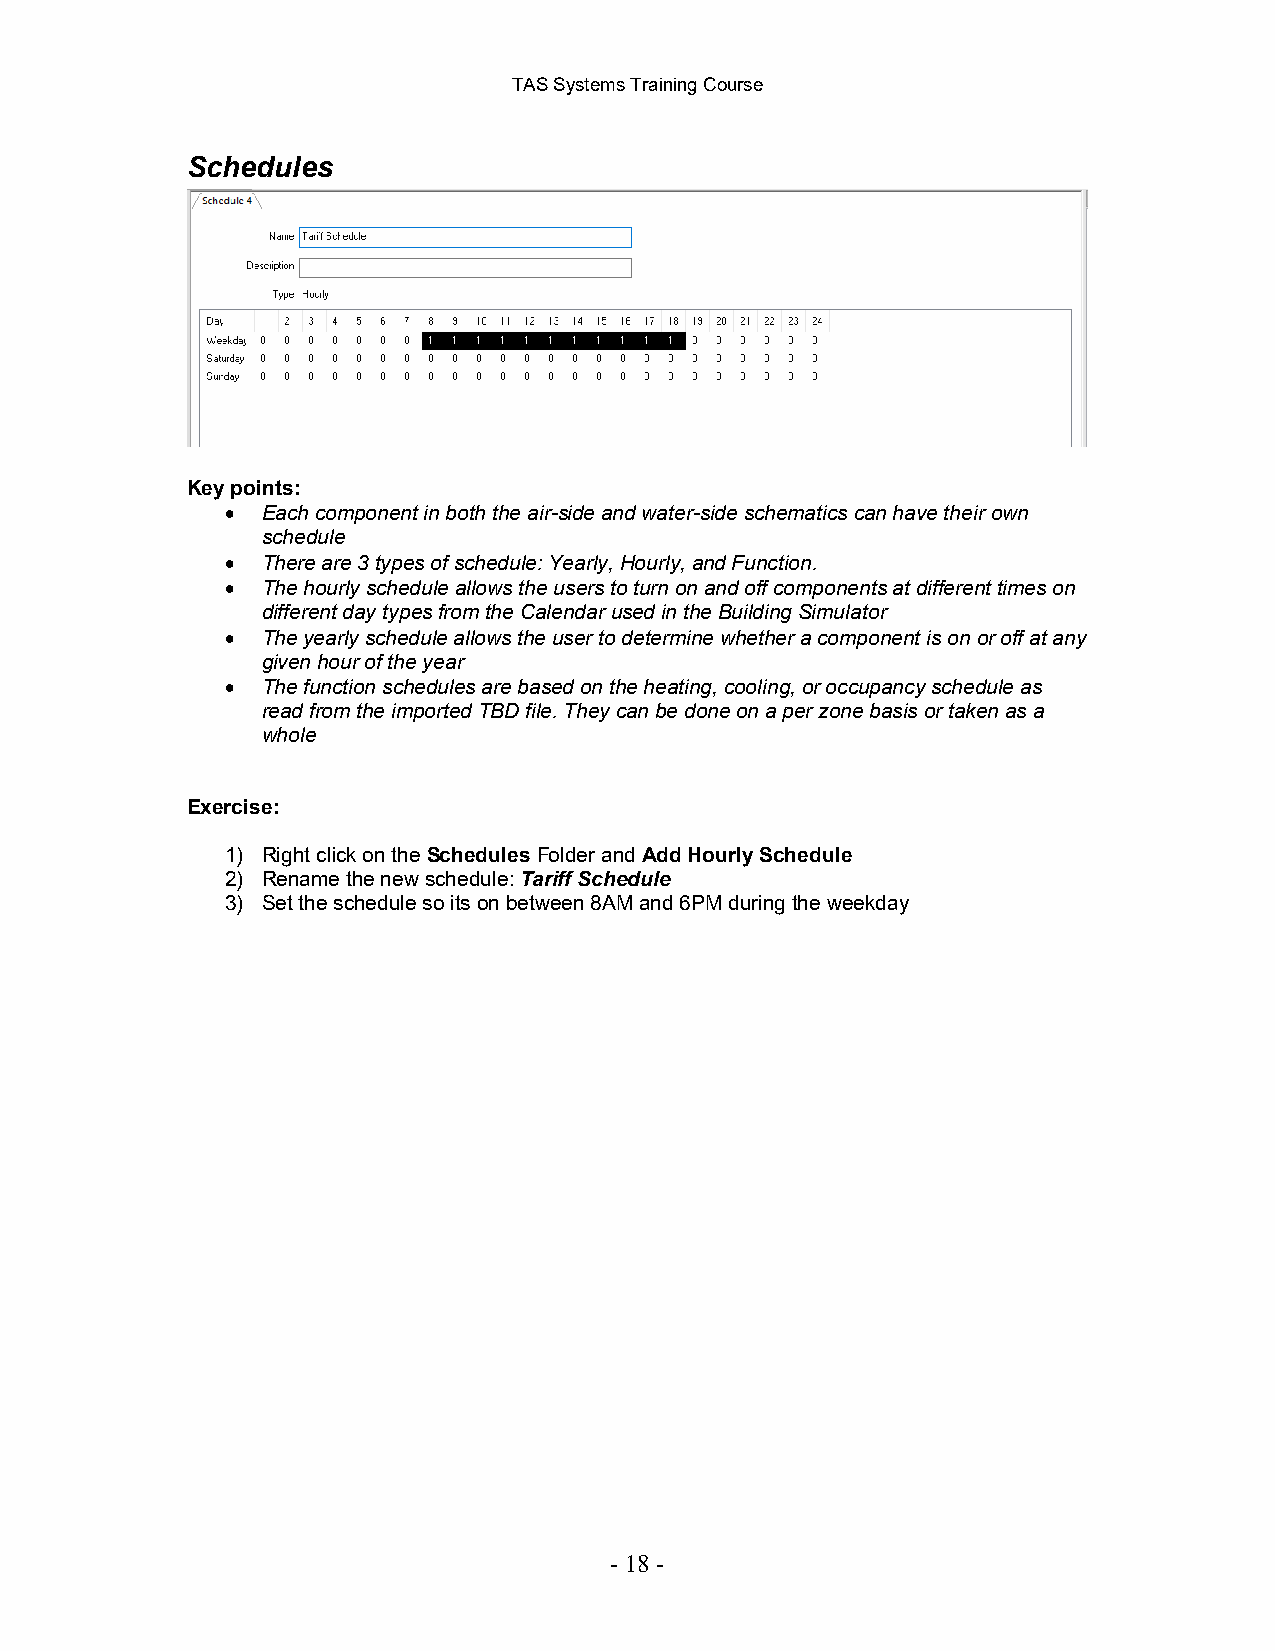
TAS Systems Training Course
 Schedules
 Key points:
 • Each component in both the air-side and water-side schematics can have their own
 schedule
 • There are 3 types of schedule: Yearly, Hourly, and Function.
 • The hourly schedule allows the users to turn on and off components at different times on
 different day types from the Calendar used in the Building Simulator
 • The yearly schedule allows the user to determine whether a component is on or off at any
 given hour of the year
 • The function schedules are based on the heating, cooling, or occupancy schedule as
 read from the imported TBD file. They can be done on a per zone basis or taken as a
 whole
 Exercise:
 1) Right click on the Schedules Folder and Add Hourly Schedule
 2) Rename the new schedule: Tariff Schedule
 3) Set the schedule so its on between 8AM and 6PM during the weekday
 - 18 -